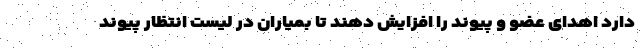
دارد اهدای عضو و پیوند را افزایش دهند تا بمیاران در لیست انتظار پیوند